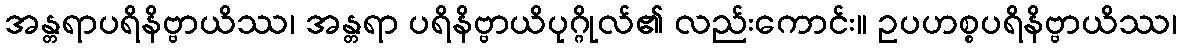
အန္တရာပရိနိဗ္ဗာယိဿ၊ အန္တရာ ပရိနိဗ္ဗာယိပုဂ္ဂိုလ်၏ လည်းကောင်း။ ဥပဟစ္စပရိနိဗ္ဗာယိဿ၊